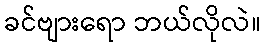
ခင်ဗျားရော ဘယ်လိုလဲ။